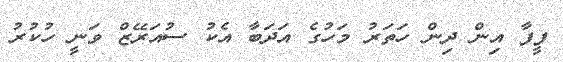
ފީފާ އިން ދިން ހަތަރު މަހުގެ އަދަބާ އެކު ސުއަރޭޒް ވަނީ ހުކުރު